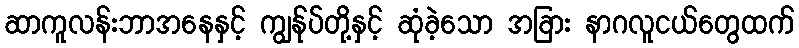
ဆာကူလန်းဘာအနေနှင့် ကျွန်ုပ်တို့နှင့် ဆုံခဲ့သော အခြား နာဂလူငယ်တွေထက်